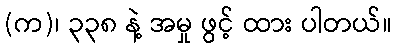
(က)၊ ၃၃၈ နဲ့ အမှု ဖွင့် ထား ပါတယ်။